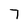
Character: 7